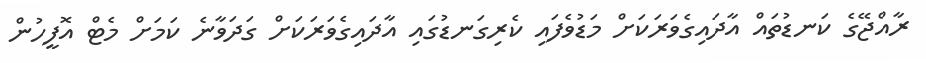
ރާއްޖޭގެ ކަނޑުތައް އާދައިގެވަރަކަށް މަޑުވެފައި ކެރިގަނޑުގައި އާދައިގެވަރަކަށް ގަދަވާނެ ކަމަށް މެޓް އޮފީހުން